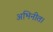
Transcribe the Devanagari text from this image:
अभिनीत।